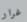
غرار